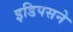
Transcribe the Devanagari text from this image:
इडिपसने